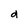
Character: d